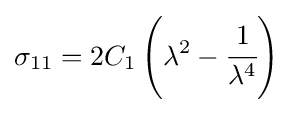
\sigma _{11}=2C_{1}\left(\lambda ^{2}-{\cfrac {1}{\lambda ^{4}}}\right)